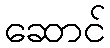
ဆောင်